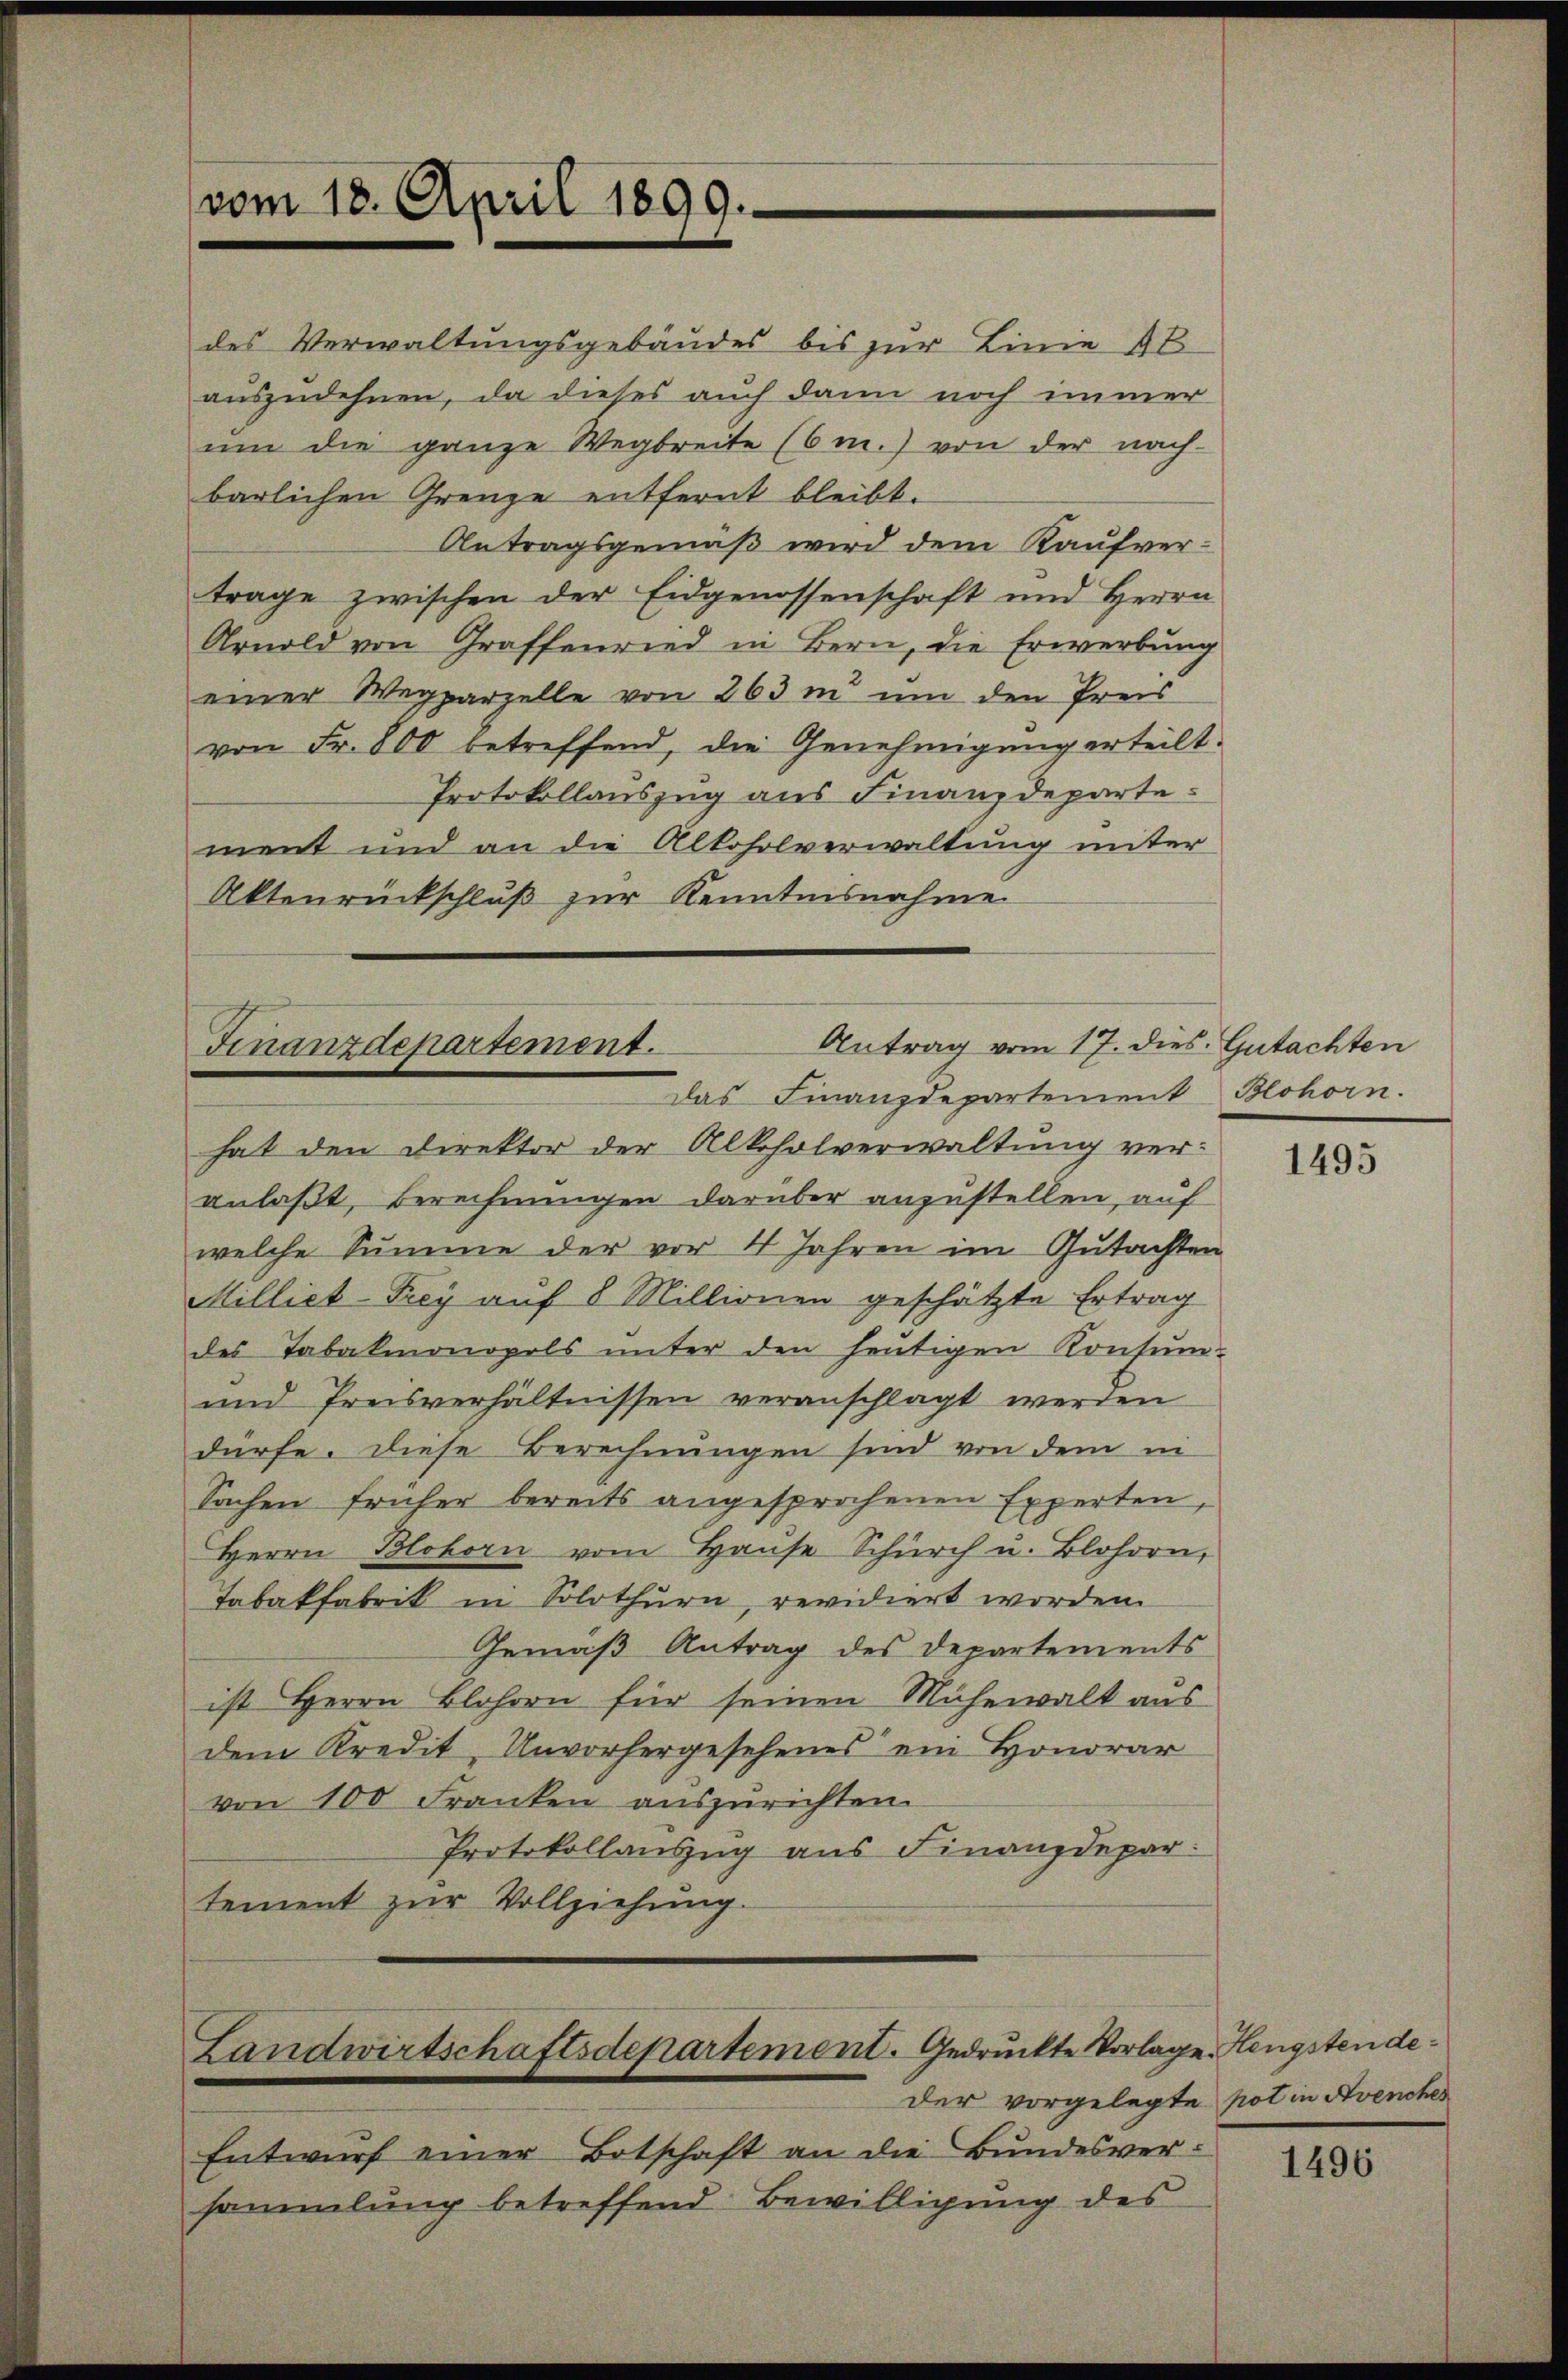
vom 18. April 1899.

des Verwaltungsgebäudes bis zur Linie 4 t
auszudehnen, da dieses auch dann noch immer
ŭm die ganze Wegbreite (6m.) von der nach-
barlichen Grenze entfernt bleibt.
Antragsgemäß wird dem Kaufvertrage zwischen der Eidgenossenschaft und Herrn
Arnold von Graffenried in Bern, die Erwerbung
einer Wegparzelle von 263 m um den Preis
von Fr. 800 betreffend, die Genehmigung erteilt.
Protokollauszug aus Finanzdepartement und an die Alkoholverwaltung unter
Aktenrückschluß zur Kenntnisnahme

Antrag vom 17. dies. Gutachten
Finanzdepartement.
Das Finanzdepartement Blohorn.

Landwirtschaftsdepartement. Gedruckte Vorlage. Hengsten de¬

hat den Direktor der Alkoholverwaltung veranlaßt, Berechnungen darüber anzustellen, auf
welche Summe der vor 4 Jahren im Gutachten
Milliet-Frey auf 8 Millionen geschätzte Ertrag
des Tabakmonopols unter den heutigen Konsum-
und Preisverhältnissen veranschlagt werden
dürfe. Diese Berechnungen sind von dem in
Sachen früher bereits angesprochenen Experten
Herrn Blohorn vom Haŭse Schürch u. Blohorn,
Tabakfabrik in Solothurn, revidiert worden.
Gemäß Antrag des Departements
ist Herrn Blohren für seinen Mühewalt aus
dem Kredit, Unvorhergesehenes ein Honorar
von 100 Franken auszurichten.
Protokollauszug aus Finanzdepar
tement zur Vollziehung.

der vorgelegte Not in Avencher
Entwurf einer Botschaft an die Bundesversammlung betreffend Bewilligung des

1495

1496